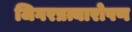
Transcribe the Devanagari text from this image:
जिगरप्रत्यारोपण